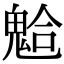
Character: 𩳋